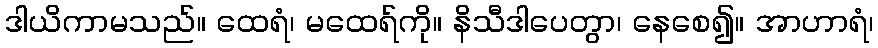
ဒါယိကာမသည်။ ထေရံ၊ မထေရ်ကို။ နိသီဒါပေတွာ၊ နေစေ၍။ အာဟာရံ၊